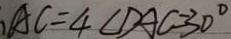
A C = 4 \angle D A C = 3 0 ^ { \circ }